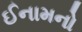
ઈનામનો